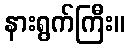
နားရွက်ကြီး။